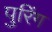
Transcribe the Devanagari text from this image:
पुरिंग